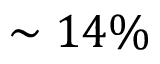
\sim 1 4 \%